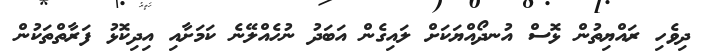
ދިވެހި ރައްޔިތުން ޅޮސް އުނދޯއްޔަކަށް ލައިގެން އަބަދު ނުހެއްލޭނެ ކަމަށާއި އިދިކޮޅު ފަރާތްތަކުން